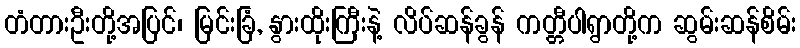
တံတားဦးတို့အပြင်၊ မြင်းခြံ, နွားထိုးကြီးနဲ့ လိပ်ဆန်ခွန် ကတ္တီပါရွာတို့က ဆွမ်းဆန်စိမ်း